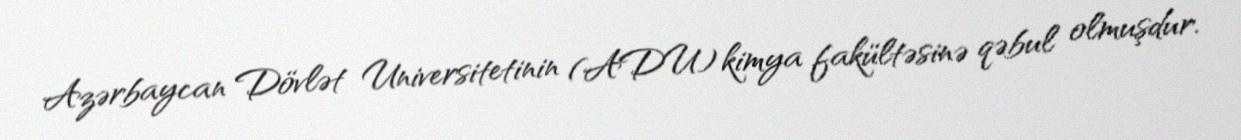
Azərbaycan Dövlət Universitetinin (ADU) kimya fakültəsinə qəbul olmuşdur.